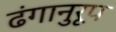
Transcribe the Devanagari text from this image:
ढंगानुरूप